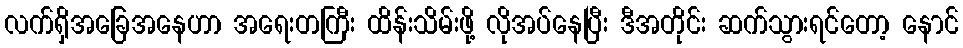
လက်ရှိအခြေအနေဟာ အရေးတကြီး ထိန်းသိမ်းဖို့ လိုအပ်နေပြီး ဒီအတိုင်း ဆက်သွားရင်တော့ နောင်